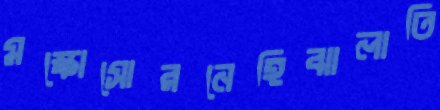
মস্কোসোরনেহিঝালাতি